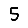
Digit: 5